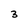
Character: 3